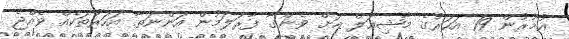
އުމުރުން 19 އަހަރުގެ މާޝިއަލް އަށް ވެންގާ ފާރަލަމުން އަންނަތާ އަހަރުތަކެއް ވެއްޖެ